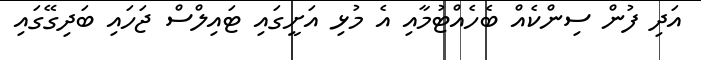
އަދި ފުން ސިންކެއް ބެހެއްޓުމާއި އެ މުޅި އަށީގައި ޓައިލްސް ޖަހައި ބަދިގޭގައި